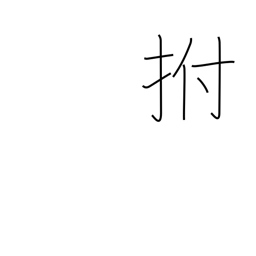
Meaning: slap